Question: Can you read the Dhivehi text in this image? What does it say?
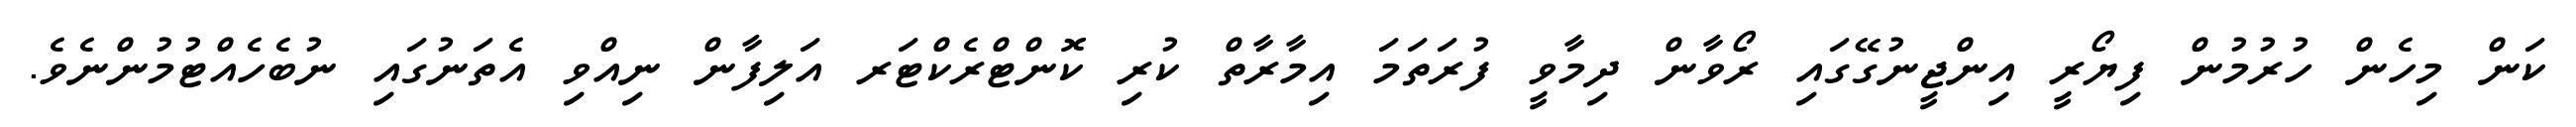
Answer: ކަން މިހެން ހުރުމުން ފިޔޯރީ އިންޖީނުގޭގައި ރޯވާން ދިމާވީ ފުރަތަމަ އިމާރާތް ކުރި ކޮންޓްރެކްޓަރ އަލިފާން ނިއްވި އެތަނުގައި ނުބެހެއްޓުމުންނެވެ.